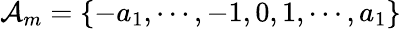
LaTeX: \mathcal{A}_{m}=\{ -a_{1},\cdots,-1,0,1,\cdots,a_{1}\}